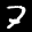
Label: 7